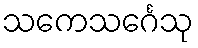
သကေသင်္ဂေသု